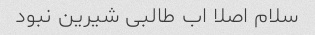
سلام اصلا اب طالبی شیرین نبود